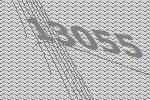
13055